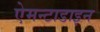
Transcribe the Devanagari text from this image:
ऐमन्टाडाइन